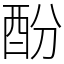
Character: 酚